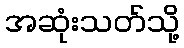
အဆုံးသတ်သို့